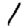
Digit: 1